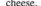
cheese.